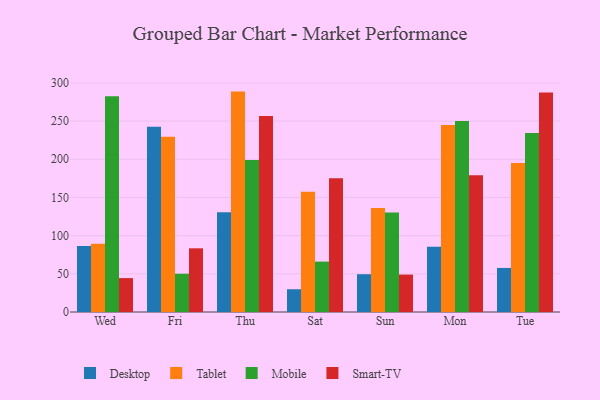
{"axis": {"x": "Day", "y": "Churn Rate (%)"}, "legend": ["Desktop", "Mobile", "Smart-TV", "Tablet"], "data": [{"x": "Wed", "y": 86.4, "type": "Desktop"}, {"x": "Wed", "y": 89.3, "type": "Tablet"}, {"x": "Wed", "y": 282.6, "type": "Mobile"}, {"x": "Wed", "y": 44.4, "type": "Smart-TV"}, {"x": "Fri", "y": 242.7, "type": "Desktop"}, {"x": "Fri", "y": 229.5, "type": "Tablet"}, {"x": "Fri", "y": 50.1, "type": "Mobile"}, {"x": "Fri", "y": 83.4, "type": "Smart-TV"}, {"x": "Thu", "y": 130.6, "type": "Desktop"}, {"x": "Thu", "y": 288.6, "type": "Tablet"}, {"x": "Thu", "y": 198.9, "type": "Mobile"}, {"x": "Thu", "y": 256.7, "type": "Smart-TV"}, {"x": "Sat", "y": 29.8, "type": "Desktop"}, {"x": "Sat", "y": 157.4, "type": "Tablet"}, {"x": "Sat", "y": 66.0, "type": "Mobile"}, {"x": "Sat", "y": 175.3, "type": "Smart-TV"}, {"x": "Sun", "y": 49.5, "type": "Desktop"}, {"x": "Sun", "y": 136.3, "type": "Tablet"}, {"x": "Sun", "y": 130.3, "type": "Mobile"}, {"x": "Sun", "y": 49.0, "type": "Smart-TV"}, {"x": "Mon", "y": 85.4, "type": "Desktop"}, {"x": "Mon", "y": 245.0, "type": "Tablet"}, {"x": "Mon", "y": 250.1, "type": "Mobile"}, {"x": "Mon", "y": 179.1, "type": "Smart-TV"}, {"x": "Tue", "y": 57.7, "type": "Desktop"}, {"x": "Tue", "y": 195.2, "type": "Tablet"}, {"x": "Tue", "y": 234.4, "type": "Mobile"}, {"x": "Tue", "y": 287.4, "type": "Smart-TV"}]}